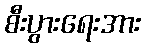
စီးပွားရေးအား